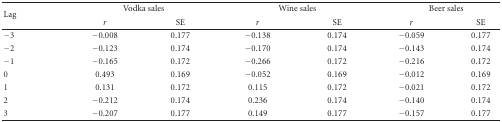
<table><thead><tr><td rowspan="2"><b>Lag</b></td><td colspan="2"><b>Vodka sales</b></td><td colspan="2"><b>Wine sales</b></td><td colspan="2"><b>Beer sales</b></td></tr><tr><td><b><i>r</i></b></td><td><b>SE</b></td><td><b><i>r</i></b></td><td><b>SE</b></td><td><b><i>r</i></b></td><td><b>SE</b></td></tr></thead><tbody><tr><td>−3</td><td>−0.008</td><td>0.177</td><td>−0.138</td><td>0.174</td><td>−0.059</td><td>0.177</td></tr><tr><td>−2</td><td>−0.123</td><td>0.174</td><td>−0.170</td><td>0.174</td><td>−0.143</td><td>0.174</td></tr><tr><td>−1</td><td>−0.165</td><td>0.172</td><td>−0.266</td><td>0.172</td><td>−0.216</td><td>0.172</td></tr><tr><td>0</td><td>0.493</td><td>0.169</td><td>−0.052</td><td>0.169</td><td>−0.012</td><td>0.169</td></tr><tr><td>1</td><td>0.131</td><td>0.172</td><td>0.115</td><td>0.172</td><td>−0.021</td><td>0.172</td></tr><tr><td>2</td><td>−0.212</td><td>0.174</td><td>0.236</td><td>0.174</td><td>−0.140</td><td>0.174</td></tr><tr><td>3</td><td>−0.207</td><td>0.177</td><td>0.149</td><td>0.177</td><td>−0.157</td><td>0.177</td></tr></tbody></table>